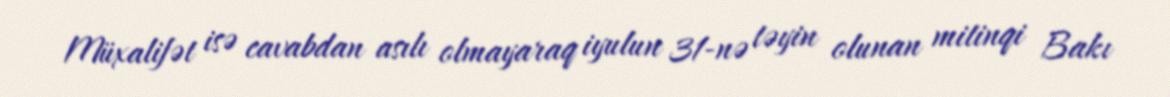
Müxalifət isə cavabdan asılı olmayaraq iyulun 31-nə təyin olunan mitinqi Bakı